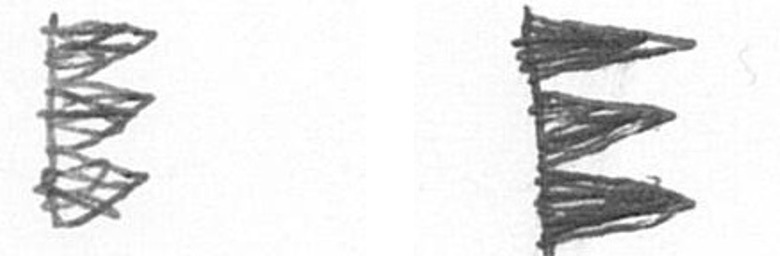
H H